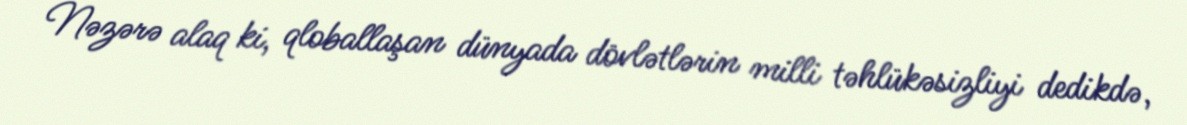
Nəzərə alaq ki, qloballaşan dünyada dövlətlərin milli təhlükəsizliyi dedikdə,